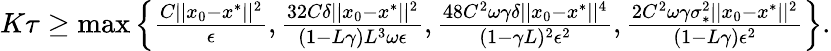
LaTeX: \begin{array}{r}{K\tau\geq\operatorname*{max}\left\lbrace\frac{C||x_{0}-x^{\ast}||^{2}}{\epsilon},\frac{32C\delta||x_{0}-x^{\ast}||^{2}}{(1-L\gamma)L^{3}\omega\epsilon},\frac{48C^{2}\omega\gamma\delta||x_{0}-x^{\ast}||^{4}}{(1-\gamma L)^{2}\epsilon^{2}},\frac{2C^{2}\omega\gamma\sigma_{\ast}^{2}||x_{0}-x^{\ast}||^{2}}{(1-L\gamma)\epsilon^{2}}\right\rbrace.}\end{array}